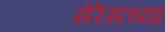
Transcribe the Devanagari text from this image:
सेरेसच्या